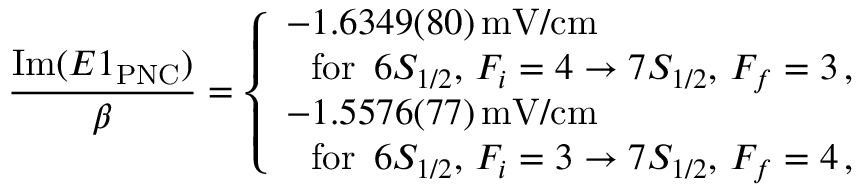
\frac { \mathrm { I m } ( E 1 _ { \mathrm { P N C } } ) } { \beta } = \left\{ \begin{array} { l l } { - 1 . 6 3 4 9 ( 8 0 ) \, \mathrm { m V / c m } } \\ { \, \, \, \, \mathrm { f o r } \, \, \, 6 S _ { 1 / 2 } , \, { F _ { i } = 4 } \rightarrow { 7 S _ { 1 / 2 } , \, { F _ { f } = 3 } } \, , } \\ { - 1 . 5 5 7 6 ( 7 7 ) \, \mathrm { m V / c m } } \\ { \, \, \, \, \mathrm { f o r } \, \, \, 6 S _ { 1 / 2 } , \, { F _ { i } = 3 } \rightarrow { 7 S _ { 1 / 2 } , \, { F _ { f } = 4 } } \, , } \end{array} \right.